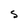
Character: S